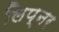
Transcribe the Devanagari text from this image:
लिप्नर